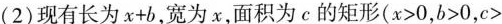
(2)现有长为$$x + b$$，宽为x，面积为c的矩形($$x > 0$$，$$b > 0$$，$$c >